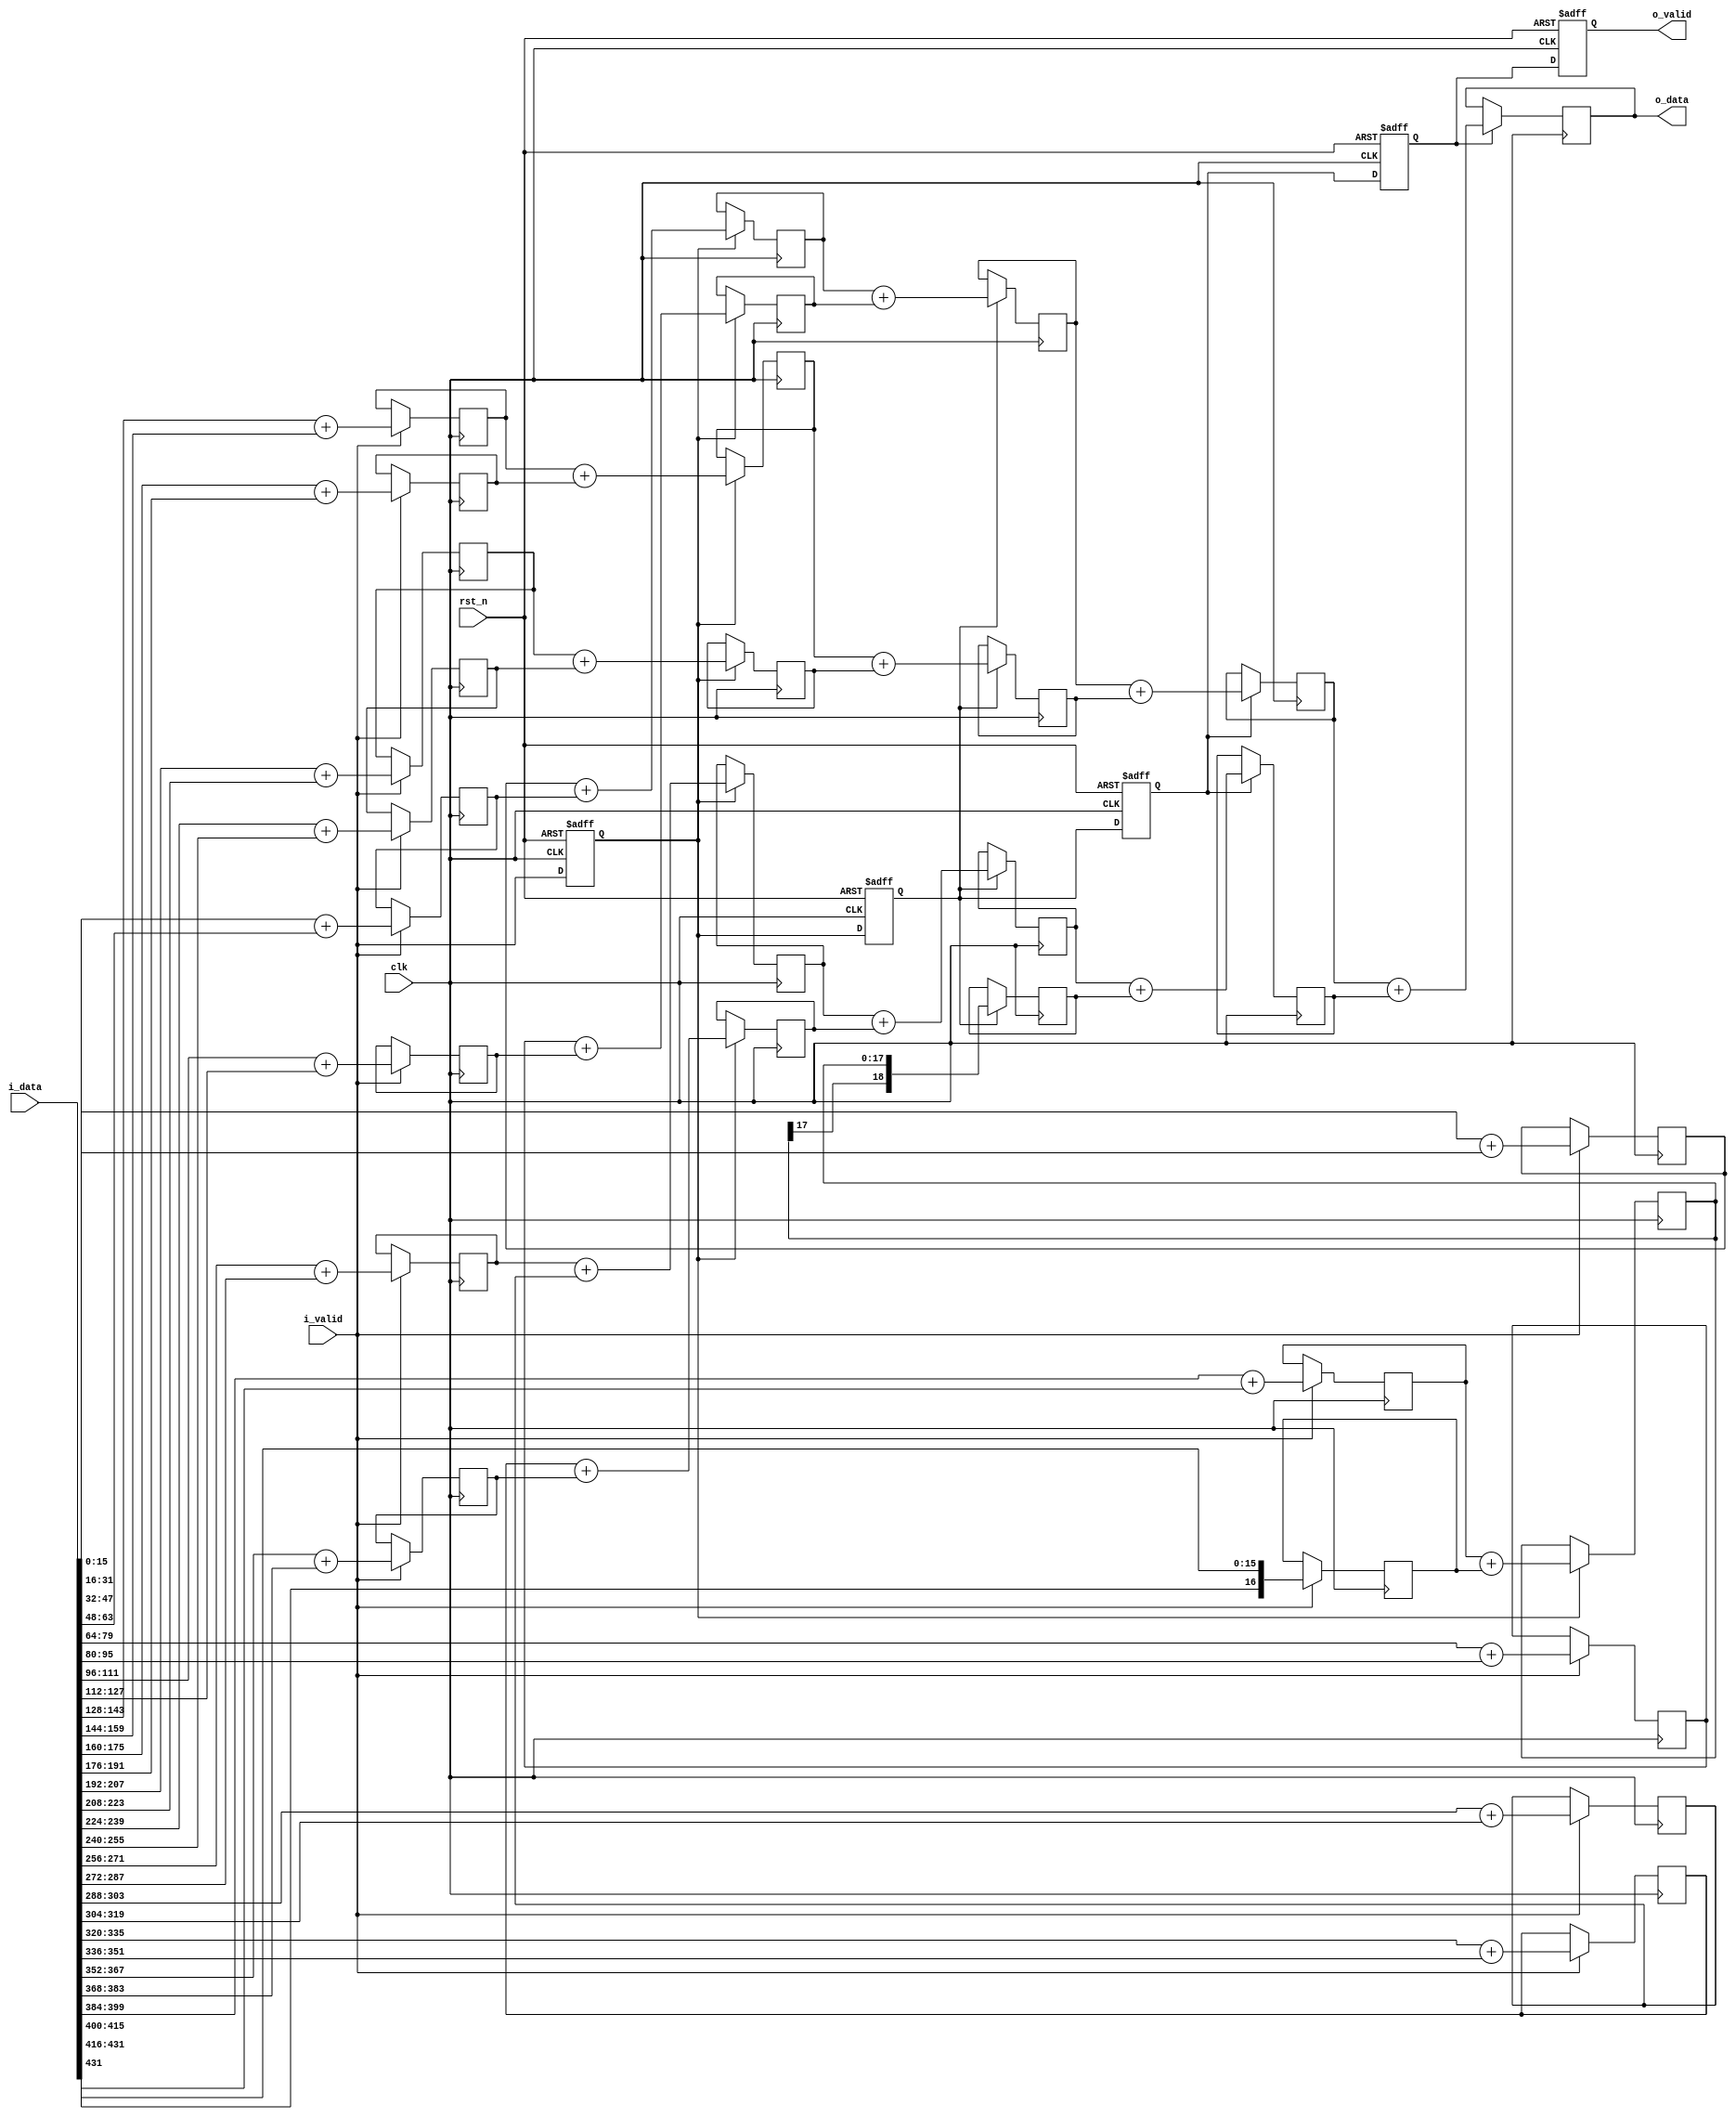
`timescale 1ns / 1ps

module adder_tree #(
    parameter DATA_WIDTH = 16,
    parameter NUM_INPUTS = 27
)(
    o_data,
    o_valid,
    i_data,
    i_valid,
    clk,
    rst_n
);

    localparam ADDER_LAYERS      = $clog2(NUM_INPUTS);
    localparam OUTPUT_DATA_WIDTH = DATA_WIDTH + ADDER_LAYERS;

    output [OUTPUT_DATA_WIDTH-1:0]     o_data;
    output                             o_valid;
    input  [DATA_WIDTH*NUM_INPUTS-1:0] i_data;
    input                              i_valid;
    input                              clk;
    input                              rst_n;

    genvar i, j;

    wire [OUTPUT_DATA_WIDTH*NUM_INPUTS-1:0] adder_stage_out [0:ADDER_LAYERS-1];
    reg  [0:0]                              adder_valid     [0:ADDER_LAYERS-1];

    generate
        for (i = 0; i < ADDER_LAYERS; i = i + 1) begin : gen0
            localparam _NUM_INPUTS  = num_inputs(NUM_INPUTS, i);
            localparam _NUM_OUTPUTS = (_NUM_INPUTS - 1) / 2 + 1;
            localparam INPUT_WIDTH  = DATA_WIDTH + i;
            localparam OUTPUT_WIDTH = DATA_WIDTH + i + 1;

            wire signed [INPUT_WIDTH-1:0]  adder_layer_in  [0:_NUM_INPUTS-1];
            wire signed [OUTPUT_WIDTH-1:0] adder_layer_out [0:_NUM_OUTPUTS-1];

            // Assign adders inputs
            for (j = 0; j < _NUM_INPUTS; j = j + 1) begin : gen1
                if (i == 0) begin : gen2
                    assign adder_layer_in[j] = i_data[(j+1)*INPUT_WIDTH-1:j*INPUT_WIDTH];
                end
                else begin : gen3
                    assign adder_layer_in[j] = adder_stage_out[i-1][(j+1)*INPUT_WIDTH-1:j*INPUT_WIDTH];
                end
            end

            // Instantiate adders
            for (j = 0; j < _NUM_OUTPUTS; j = j + 1) begin : gen4
                if (j * 2 + 1 != _NUM_INPUTS) begin : gen5
                    assign adder_layer_out[j] = adder_layer_in[j*2] + adder_layer_in[j*2+1];
                end
                else begin : gen6
                    assign adder_layer_out[j] = {adder_layer_in[j*2][INPUT_WIDTH-1], adder_layer_in[j*2]};
                end
            end

            // Determine valid in
            wire adder_layer_out_reg_en;

            if (i == 0) begin : gen7
                assign adder_layer_out_reg_en = i_valid;
            end
            else begin : gen8
                assign adder_layer_out_reg_en = adder_valid[i-1];
            end

            // Connect adder layer output
            for (j = 0; j < _NUM_OUTPUTS; j = j + 1) begin : gen9
                reg [OUTPUT_WIDTH-1:0] adder_layer_out_reg;
                assign adder_stage_out[i][(j+1)*OUTPUT_WIDTH-1:j*OUTPUT_WIDTH] = adder_layer_out_reg;

                always @ (posedge clk) begin
                    if (adder_layer_out_reg_en) begin
                        adder_layer_out_reg <= adder_layer_out[j];
                    end
                end
            end

            // Adder valid
            always @ (posedge clk or negedge rst_n) begin
                if (~rst_n) begin
                    adder_valid[i] <= 1'b0;
                end
                else begin
                    adder_valid[i] <= adder_layer_out_reg_en;
                end
            end
        end
    endgenerate

    assign o_data  = adder_stage_out [ADDER_LAYERS-1][OUTPUT_DATA_WIDTH-1:0];
    assign o_valid = adder_valid     [ADDER_LAYERS-1];

    //////////////////////////////////////////////////////////////////////////////////////////////////

    function integer num_inputs;
        input integer start_num_inputs;
        input integer stage;
        integer num_outputs;
        integer i;
        begin : num_inputs_calc
            num_inputs = start_num_inputs;
            for (i = 0; i < stage; i = i + 1) begin
                num_outputs = (num_inputs - 1) / 2 + 1;
                num_inputs = num_outputs;
            end
        end
    endfunction

endmodule